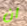
ان